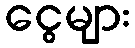
ငွေများ